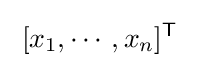
\;[x_{1},\cdots ,x_{n}]^{\mathsf {T}}\;